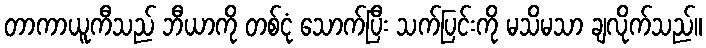
တာကာယူကီသည် ဘီယာကို တစ်ငုံ သောက်ပြီး သက်ပြင်းကို မသိမသာ ချလိုက်သည်။